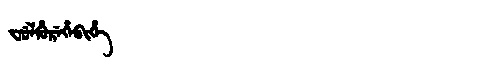
Manchu: ᠸᡠᠯᡥᡠᡵᡝᡥᡝᠪᡳᡥᡝ
Romanization: FULHUREHEBIHE